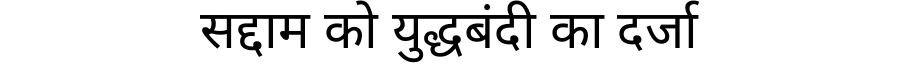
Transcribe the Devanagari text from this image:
सद्दाम को युद्धबंदी का दर्जा